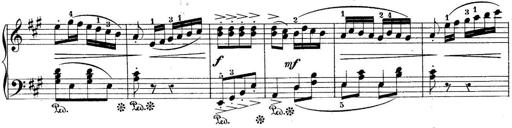
Title: 10 Sonatines progressives
Composer: Anton Schmoll